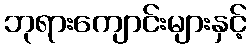
ဘုရားကျောင်းများနှင့်